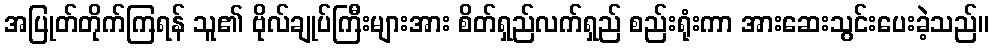
အပြုတ်တိုက်ကြရန် သူ၏ ဗိုလ်ချုပ်ကြီးများအား စိတ်ရှည်လက်ရှည် စည်းရုံးကာ အားဆေးသွင်းပေးခဲ့သည်။